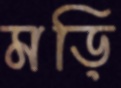
মড়ি